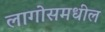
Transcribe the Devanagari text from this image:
लागोसमधील